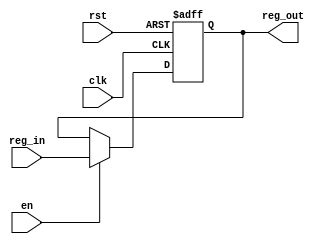
module reg4neg(input clk, rst, en, input[3:0] reg_in, output reg[3:0] reg_out);

    always @(negedge clk, posedge rst) begin
        if (rst) reg_out <= 4'd0;
        else begin
            if (en) reg_out <= reg_in;
        end
    end

endmodule